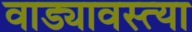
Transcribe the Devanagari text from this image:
वाड्यावस्त्या